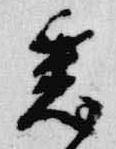
悉